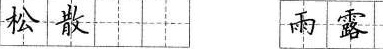
松散雨露